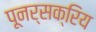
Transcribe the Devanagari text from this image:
पूनर्सक्रिय